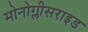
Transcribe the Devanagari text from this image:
मोनोग्लीसराइड